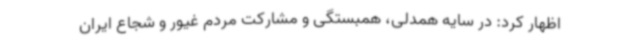
اظهار کرد: در سایه همدلی، همبستگی و مشارکت مردم غیور و شجاع ایران